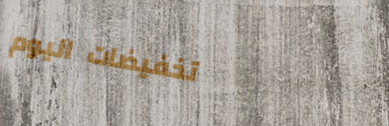
تخفيضات اليوم